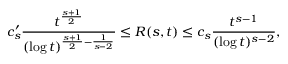
c _ { s } ^ { \prime } { \frac { t ^ { \frac { s + 1 } { 2 } } } { ( \log t ) ^ { { \frac { s + 1 } { 2 } } - { \frac { 1 } { s - 2 } } } } } \leq R ( s , t ) \leq c _ { s } { \frac { t ^ { s - 1 } } { ( \log t ) ^ { s - 2 } } } ,